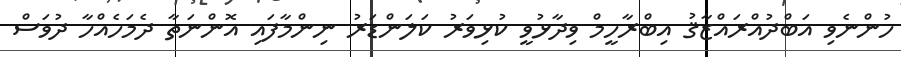
ހުންނެވި އަބްދުއްރައްޒާޤު އިބްރާހީމް ވިދާޅުވީ ކުޅިވަރު ކަލަންޑަރު ނިންމާފައި އޮންނަތާ ދެމަހެއްހާ ދުވަސް